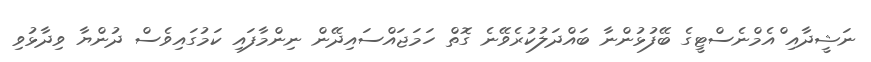
ނަޝީދާއި ްއެމްނެސްޓީގެ ބޭފުޅުންނާ ބައްދަލުކުރެވޭނެ ގޮތް ހަމަޖައްސައިދޭން ނިންމާފައި ކަމުގައިވެސް ދުންޔާ ވިދާޅުވި